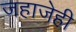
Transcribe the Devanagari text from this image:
जहाजेही